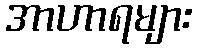
အာဟာရများ